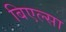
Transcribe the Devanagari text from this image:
बिएल्सा